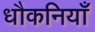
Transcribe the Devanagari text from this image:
धौकनियाँ